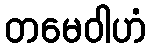
တမေဝါဟံ